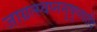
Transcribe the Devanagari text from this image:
जाग्रत्स्वप्नसुषुप्त्यादि